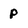
Character: P